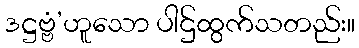
ဒဋ္ဌဗ္ဗံ’ဟူသော ပါဌ်ထွက်သတည်း။